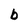
Character: b